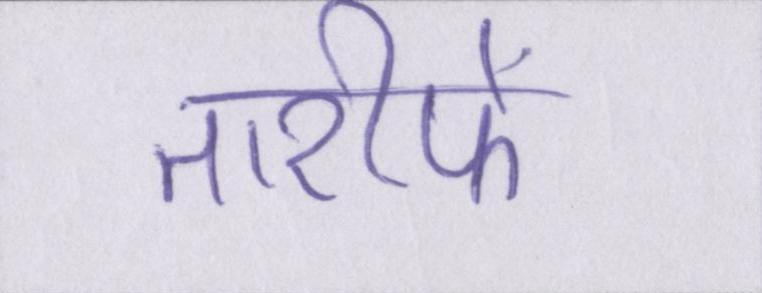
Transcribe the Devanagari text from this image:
तारीफें